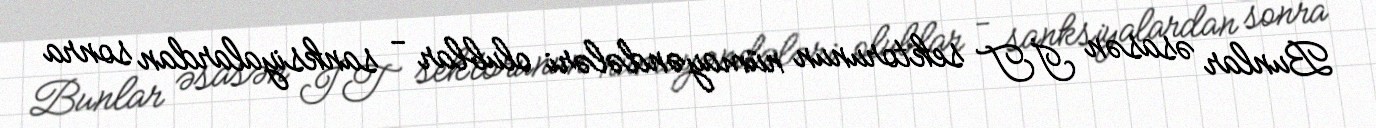
Bunlar əsasən İT sektorunun nümayəndələri olublar - sanksiyalardan sonra